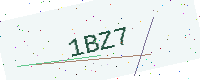
Text: 1BZ7